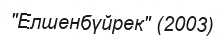
"Елшенбүйрек" (2003)